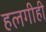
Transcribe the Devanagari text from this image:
हलगीही